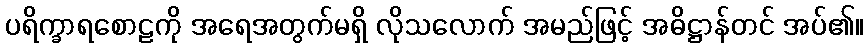
ပရိက္ခာရစောဠကို အရေအတွက်မရှိ လိုသလောက် အမည်ဖြင့် အဓိဋ္ဌာန်တင် အပ်၏။